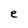
Character: e